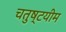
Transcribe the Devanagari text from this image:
चतुष्टयीम